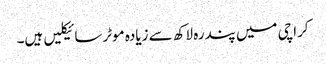
کراچی میں پندرہ لاکھ سے زیادہ موٹرسائیکلیں ہیں۔